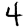
Digit: 4